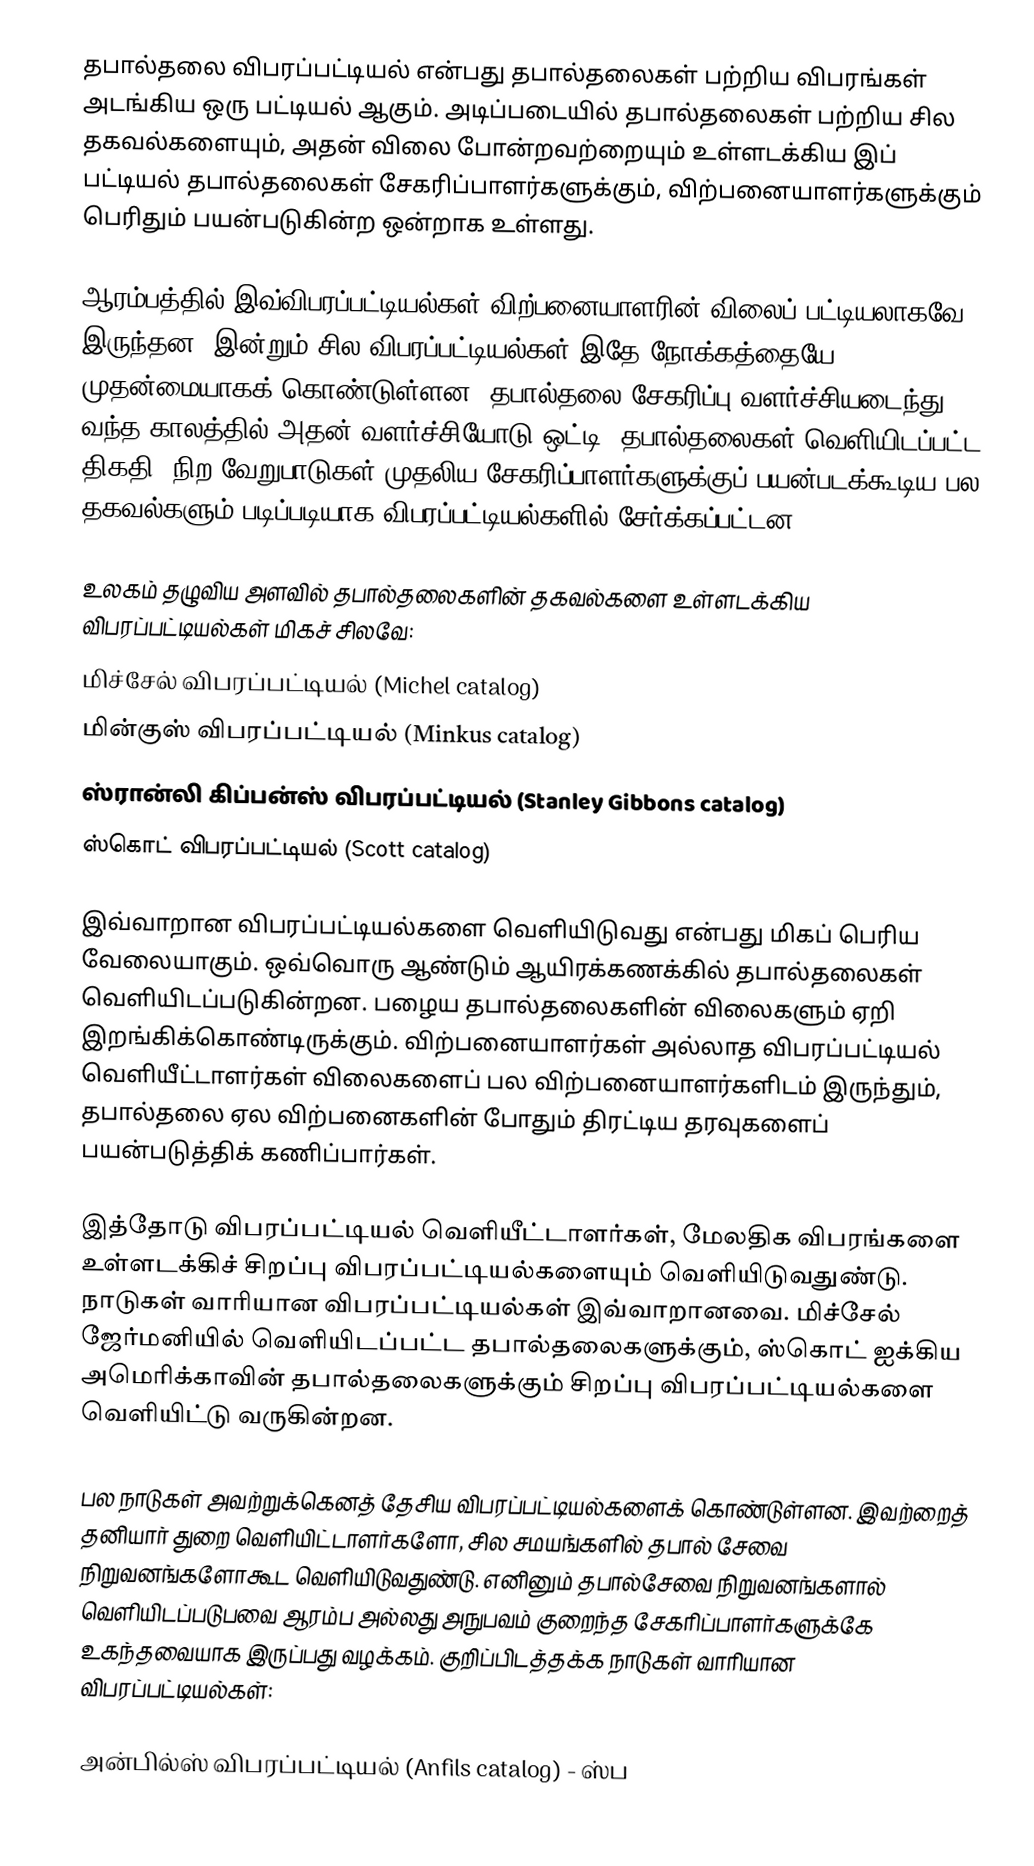
தபால்தலை விபரப்பட்டியல் என்பது தபால்தலைகள் பற்றிய விபரங்கள் அடங்கிய ஒரு பட்டியல் ஆகும். அடிப்படையில் தபால்தலைகள் பற்றிய சில தகவல்களையும், அதன் விலை போன்றவற்றையும் உள்ளடக்கிய இப் பட்டியல் தபால்தலைகள் சேகரிப்பாளர்களுக்கும், விற்பனையாளர்களுக்கும் பெரிதும் பயன்படுகின்ற ஒன்றாக உள்ளது.

ஆரம்பத்தில் இவ்விபரப்பட்டியல்கள் விற்பனையாளரின் விலைப் பட்டியலாகவே இருந்தன. இன்றும் சில விபரப்பட்டியல்கள் இதே நோக்கத்தையே முதன்மையாகக் கொண்டுள்ளன. தபால்தலை சேகரிப்பு வளர்ச்சியடைந்து வந்த காலத்தில் அதன் வளர்ச்சியோடு ஒட்டி, தபால்தலைகள் வெளியிடப்பட்ட திகதி, நிற வேறுபாடுகள் முதலிய சேகரிப்பாளர்களுக்குப் பயன்படக்கூடிய பல தகவல்களும் படிப்படியாக விபரப்பட்டியல்களில் சேர்க்கப்பட்டன.

உலகம் தழுவிய அளவில் தபால்தலைகளின் தகவல்களை உள்ளடக்கிய விபரப்பட்டியல்கள் மிகச் சிலவே:
 மிச்சேல் விபரப்பட்டியல் (Michel catalog)
 மின்குஸ் விபரப்பட்டியல் (Minkus catalog)
 ஸ்ரான்லி கிப்பன்ஸ் விபரப்பட்டியல் (Stanley Gibbons catalog)
 ஸ்கொட் விபரப்பட்டியல் (Scott catalog)

இவ்வாறான விபரப்பட்டியல்களை வெளியிடுவது என்பது மிகப் பெரிய வேலையாகும். ஒவ்வொரு ஆண்டும் ஆயிரக்கணக்கில் தபால்தலைகள் வெளியிடப்படுகின்றன. பழைய தபால்தலைகளின் விலைகளும் ஏறி இறங்கிக்கொண்டிருக்கும். விற்பனையாளர்கள் அல்லாத விபரப்பட்டியல் வெளியீட்டாளர்கள் விலைகளைப் பல விற்பனையாளர்களிடம் இருந்தும், தபால்தலை ஏல விற்பனைகளின் போதும் திரட்டிய தரவுகளைப் பயன்படுத்திக் கணிப்பார்கள்.

இத்தோடு விபரப்பட்டியல் வெளியீட்டாளர்கள், மேலதிக விபரங்களை உள்ளடக்கிச் சிறப்பு விபரப்பட்டியல்களையும் வெளியிடுவதுண்டு. நாடுகள் வாரியான விபரப்பட்டியல்கள் இவ்வாறானவை. மிச்சேல் ஜேர்மனியில் வெளியிடப்பட்ட தபால்தலைகளுக்கும், ஸ்கொட் ஐக்கிய அமெரிக்காவின் தபால்தலைகளுக்கும் சிறப்பு விபரப்பட்டியல்களை வெளியிட்டு வருகின்றன.

பல நாடுகள் அவற்றுக்கெனத் தேசிய விபரப்பட்டியல்களைக் கொண்டுள்ளன. இவற்றைத் தனியார் துறை வெளியிட்டாளர்களோ, சில சமயங்களில் தபால் சேவை நிறுவனங்களோகூட வெளியிடுவதுண்டு. எனினும் தபால்சேவை நிறுவனங்களால் வெளியிடப்படுபவை ஆரம்ப அல்லது அநுபவம் குறைந்த சேகரிப்பாளர்களுக்கே உகந்தவையாக இருப்பது வழக்கம். குறிப்பிடத்தக்க நாடுகள் வாரியான விபரப்பட்டியல்கள்:

 அன்பில்ஸ் விபரப்பட்டியல் (Anfils catalog) - ஸ்ப